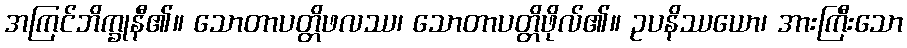
အကြင်ဘိက္ခုနီ၏။ သောတာပတ္တိဖလဿ၊ သောတာပတ္တိဖိုလ်၏။ ဥပနိဿယော၊ အားကြီးသော